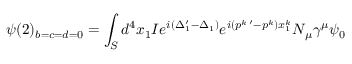
\psi ( 2 ) _ { b = c = d = 0 } = \int _ { S } d ^ { 4 } x _ { 1 } I e ^ { i ( \Delta _ { 1 } ^ { \prime } - \Delta _ { 1 } ) } e ^ { i ( p ^ { k \; \prime } - p ^ { k } ) x _ { 1 } ^ { k } } N _ { \mu } \gamma ^ { \mu } \psi _ { 0 }